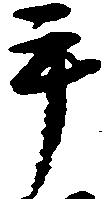
手